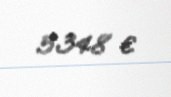
5348 €